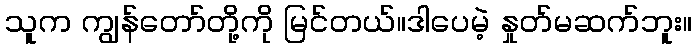
သူက ကျွန်တော်တို့ကို မြင်တယ်။ဒါပေမဲ့ နှုတ်မဆက်ဘူး။